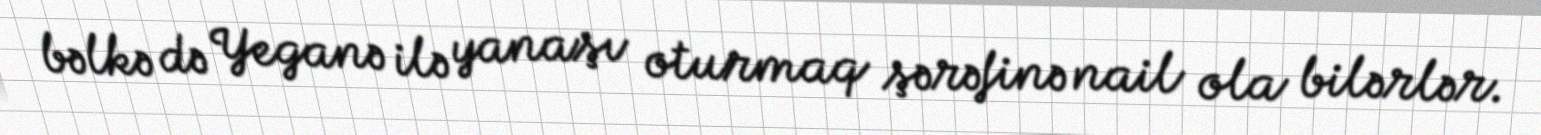
bəlkə də Yeganə ilə yanaşı oturmaq şərəfinə nail ola bilərlər.